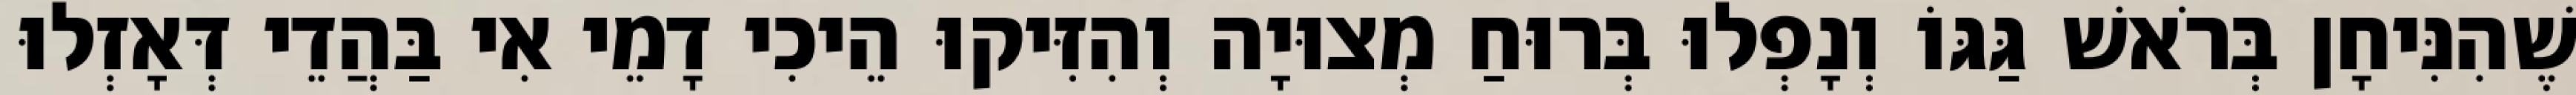
שֶׁהִנִּיחָן בְּרֹאשׁ גַּגּוֹ וְנָפְלוּ בְּרוּחַ מְצוּיָה וְהִזִּיקוּ הֵיכִי דָמֵי אִי בַּהֲדֵי דְּאָזְלוּ